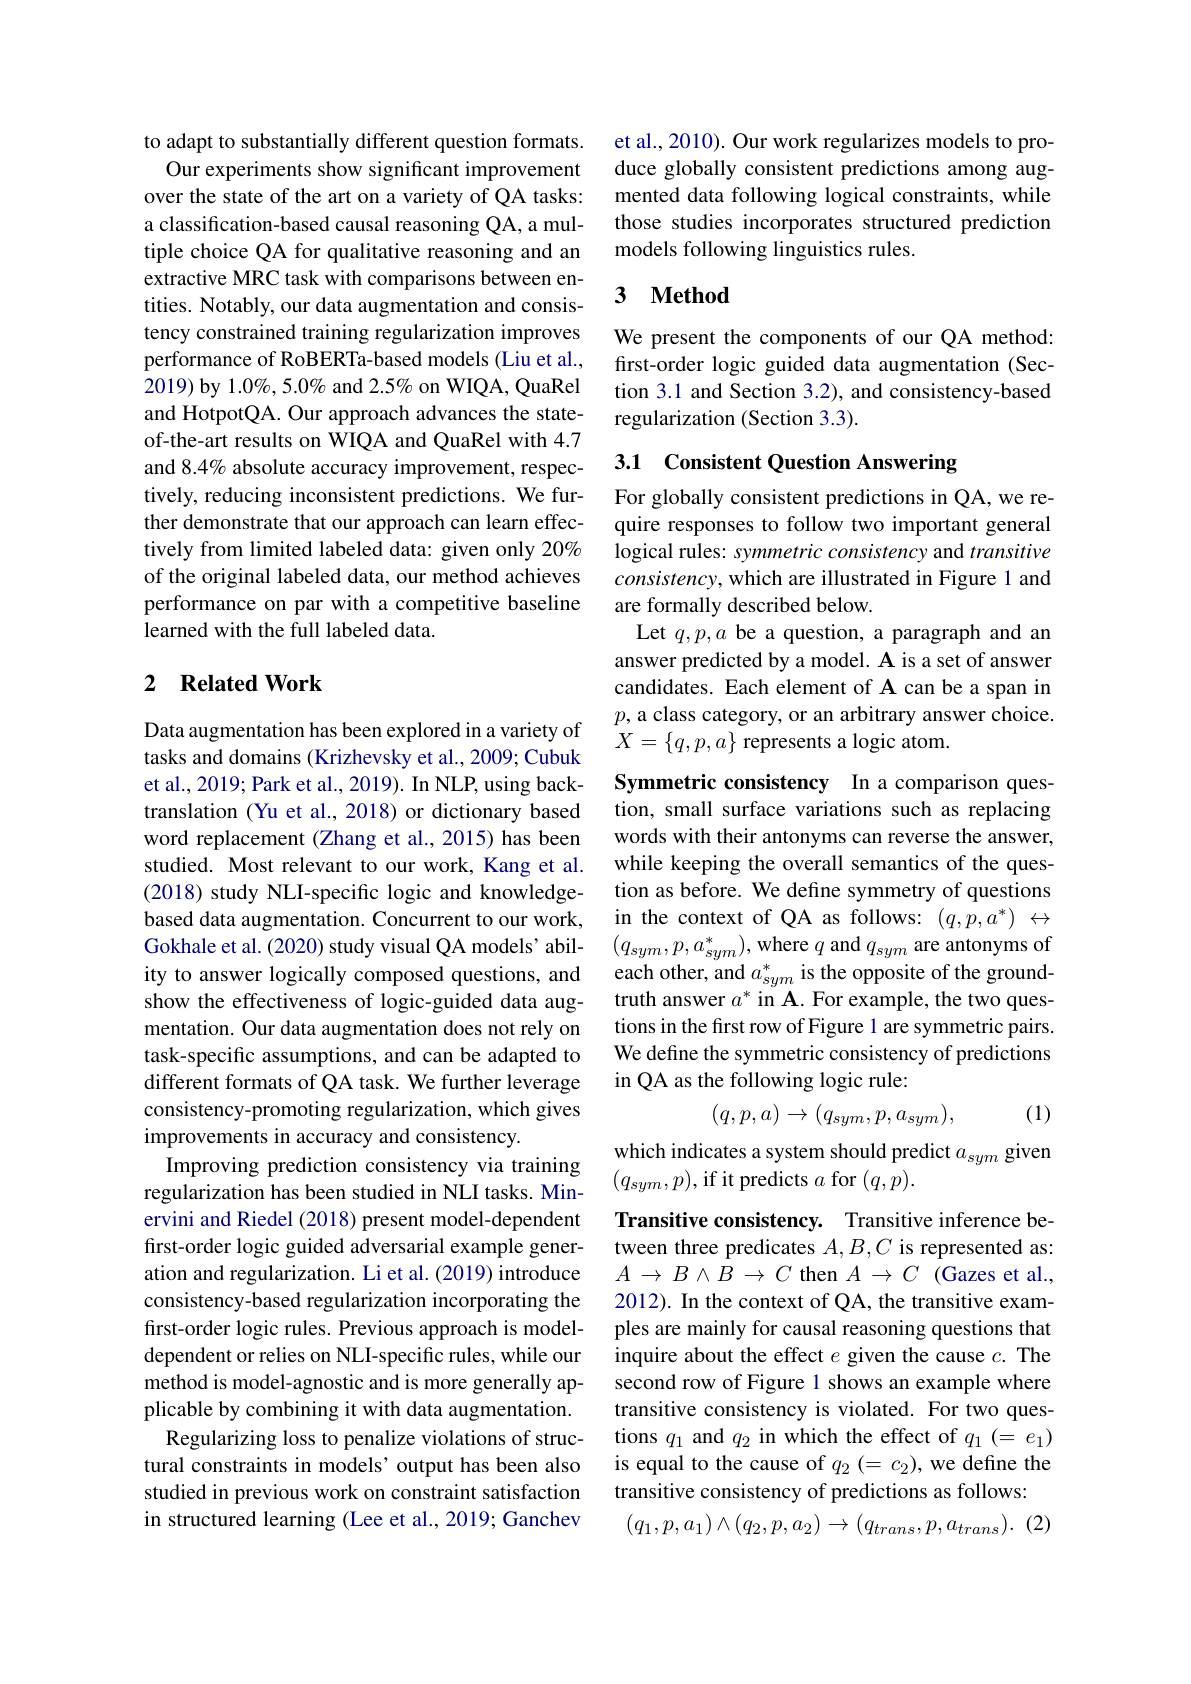
to adapt to substantially different question formats.
Our experiments show significant improvement over the state of the art on a variety of QA tasks: a classification-based causal reasoning QA, a multiple choice QA for qualitative reasoning and an extractive MRC task with comparisons between entities. Notably, our data augmentation and consistency constrained training regularization improves performance of RoBERTa-based models (Liu et al., 2019) by 1.0%, 5.0% and 2.5% on WIQA, QuaRel and HotpotQA. Our approach advances the stateof-the-art results on WIQA and QuaRel with 4.7 and 8.4% absolute accuracy improvement, respectively, reducing inconsistent predictions. We further demonstrate that our approach can learn effectively from limited labeled data: given only 20% of the original labeled data, our method achieves performance on par with a competitive baseline learned with the full labeled data.

## 2 $\textbf{Related Work}$

Data augmentation has been explored in a variety of tasks and domains (Krizhevsky et al., 2009; Cubuk et al., 2019; Park et al., 2019). In NLP, using backtranslation (Yu et al., 2018) or dictionary based word replacement (Zhang et al., 2015) has been studied. Most relevant to our work, Kang et al. (2018) study NLI-specific logic and knowledgebased data augmentation. Concurrent to our work, Gokhale et al. (2020) study visual QA models' abilmentation. Our data augmentation does not rely on task-specific assumptions, and can be adapted to different formats of QA task. We further leverage consistency-promoting regularization, which gives improvements in accuracy and consistency.
Improving prediction consistency via training regularization has been studied in NLI tasks. Minervini and Riedel (2018) present model-dependent first-order logic guided adversarial example generation and regularization. Li et al. (2019) introduce consistency-based regularization incorporating the first-order logic rules. Previous approach is modeldependent or relies on NLI-specific rules, while our method is model-agnostic and is more generally applicable by combining it with data augmentation. Regularizing loss to penalize violations of structural constraints in models’ output has been also studied in previous work on constraint satisfaction in structured learning (Lee et al., 2019; Ganchev

et al., 2010). Our work regularizes models to produce globally consistent predictions among augmented data following logical constraints, while those studies incorporates structured prediction models following linguistics rules.

### 3 $\textbf{Method}$

We present the components of our QA method: frst-order logic guided data augmentation (Section 3.1 and Section 3.2), and consistency-based regularization (Section 3.3).

# 3.1 Consistent Question Answering

For globally consistent predictions in QA, we require responses to follow two important general logical rules: symmetric consistency and transitive $consistency$, which are illustrated in Figure 1 and are formally described below.
Let $q,p,a$ be a question, a paragraph and an answer predicted by a model. A is a set of answer candidates. Each element of A can be a span in $p$, a class category, or an arbitrary answer choice. $X=\{q,p,a\}$ represents a logic atom.

Symmetric consistency In a comparison question, small surface variations such as replacing words with their antonyms can reverse the answer, while keeping the overall semantics of the question as before. We define symmetry of questions in the context of QA as follows: $(q,p,a^*)\leftrightarrow$ $(q_{sym},p,a_{sym}^{*})$,where $q$ and $q_sym$ are antonyms of
ity to answer logically composed questions, and each other, and $a_sym^*$ is the opposite of the groundshow the effectiveness of logic-guided data aug- truth answer $a^*$ in A. For example, the two ques-
tions in the first row of Figure l are symmetric pairs. We define the symmetric consistency of predictions in QA as the following logic rule:

(1)
$$(q,p,a)\to(q_{sym},p,a_{sym}),$$
which indicates a system should predict $a_sym$ given
$(q_{sym},p)$,if it predicts $a$ for $(q,p).$

Transitive consistency. Transitive inference between three predicates $A,B,C$ is represented as: $A\to B\land B\to C$ then $A\to C$ (Gazes et al., 2012). In the context of QA, the transitive examples are mainly for causal reasoning questions that inquire about the effect $e$ given the cause $c.$ The second row of Figure 1 shows an example where transitive consistency is violated. For two questions $q_1$ and $q_2$ in which the effect of $q_1(=e_1)$ is equal to the cause of $q_2(=c_2)$, we define the transitive consistency of predictions as follows:
$(q_1,p,a_1)\wedge(q_2,p,a_2)\to(q_{trans},p,a_{trans}).$